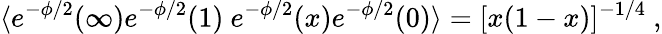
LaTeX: \langle e^{-\phi/2}(\infty)e^{-\phi/2}(1)\ e^{-\phi/2}(x)e^{-\phi/2}(0)\rangle=[x(1-x)]^{-1/4}\ ,